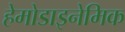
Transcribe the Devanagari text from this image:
हेमोडाइनेमिक